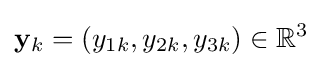
\mathbf {y} _{k}=(y_{1k},y_{2k},y_{3k})\in \mathbb {R} ^{3}